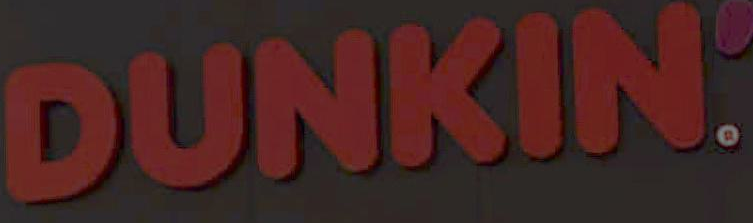
.DUNKIN